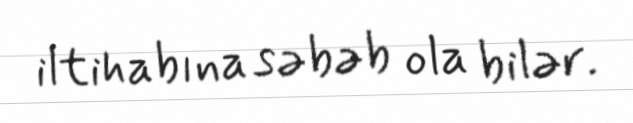
iltihabına səbəb ola bilər.